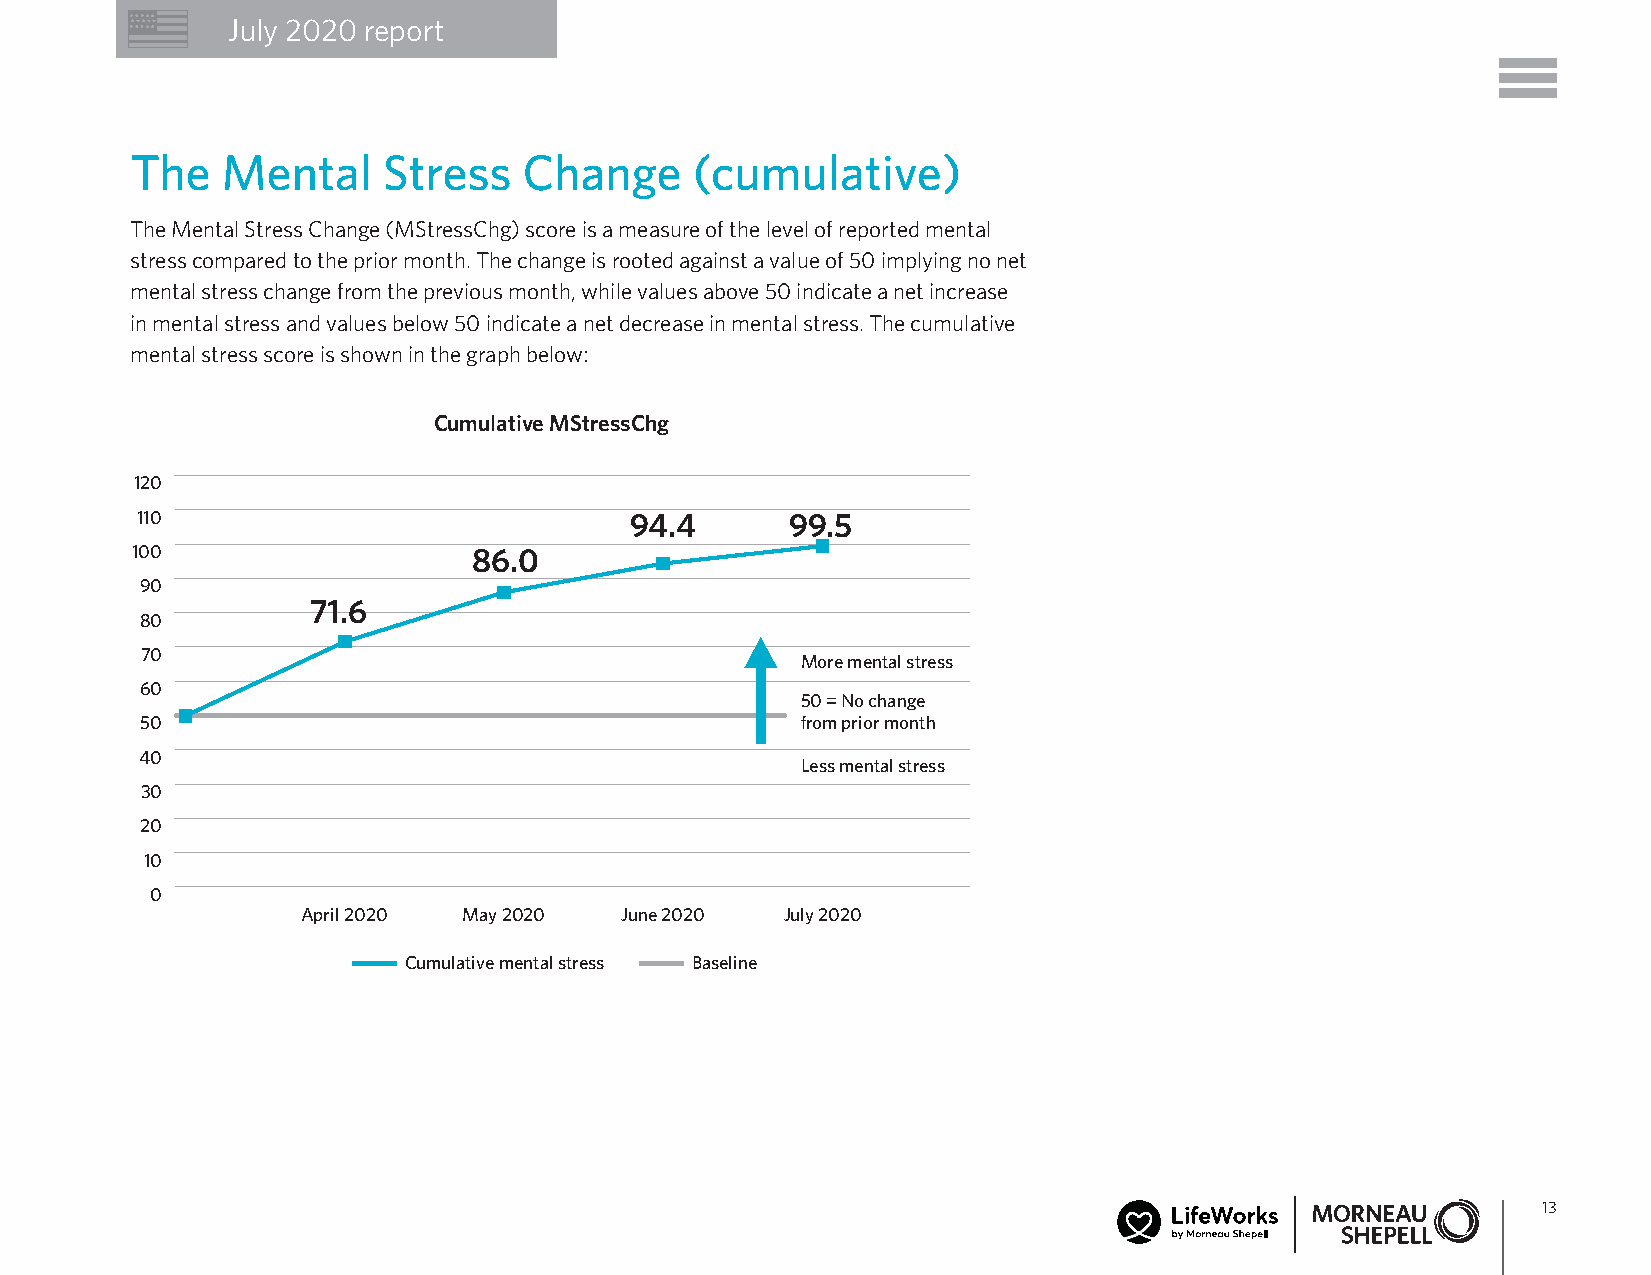
July 2020 report
 The   Mental    Stress    Change     (cumulative)
 The Mental Stress Change (MStressChg) score is a measure of the level of reported mental
 stress compared to the prior month. The change is rooted against a value of 50 implying no net
 mental stress change from the previous month, while values above 50 indicate a net increase
 in mental stress and values below 50 indicate a net decrease in mental stress. The cumulative
 mental stress score is shown in the graph below:
 Cumulative MStressChg
 120
 110                              94.4      99.5
 100                   86.0
 90
 71.6
 80
 70
 More mental stress
 60
 50 = No change
 50                                          from prior month
 40
 Less mental stress
 30
 20
 10
 0
 April 2020 May 2020  June 2020  July 2020
 Cumulative mental stress Baseline
 13